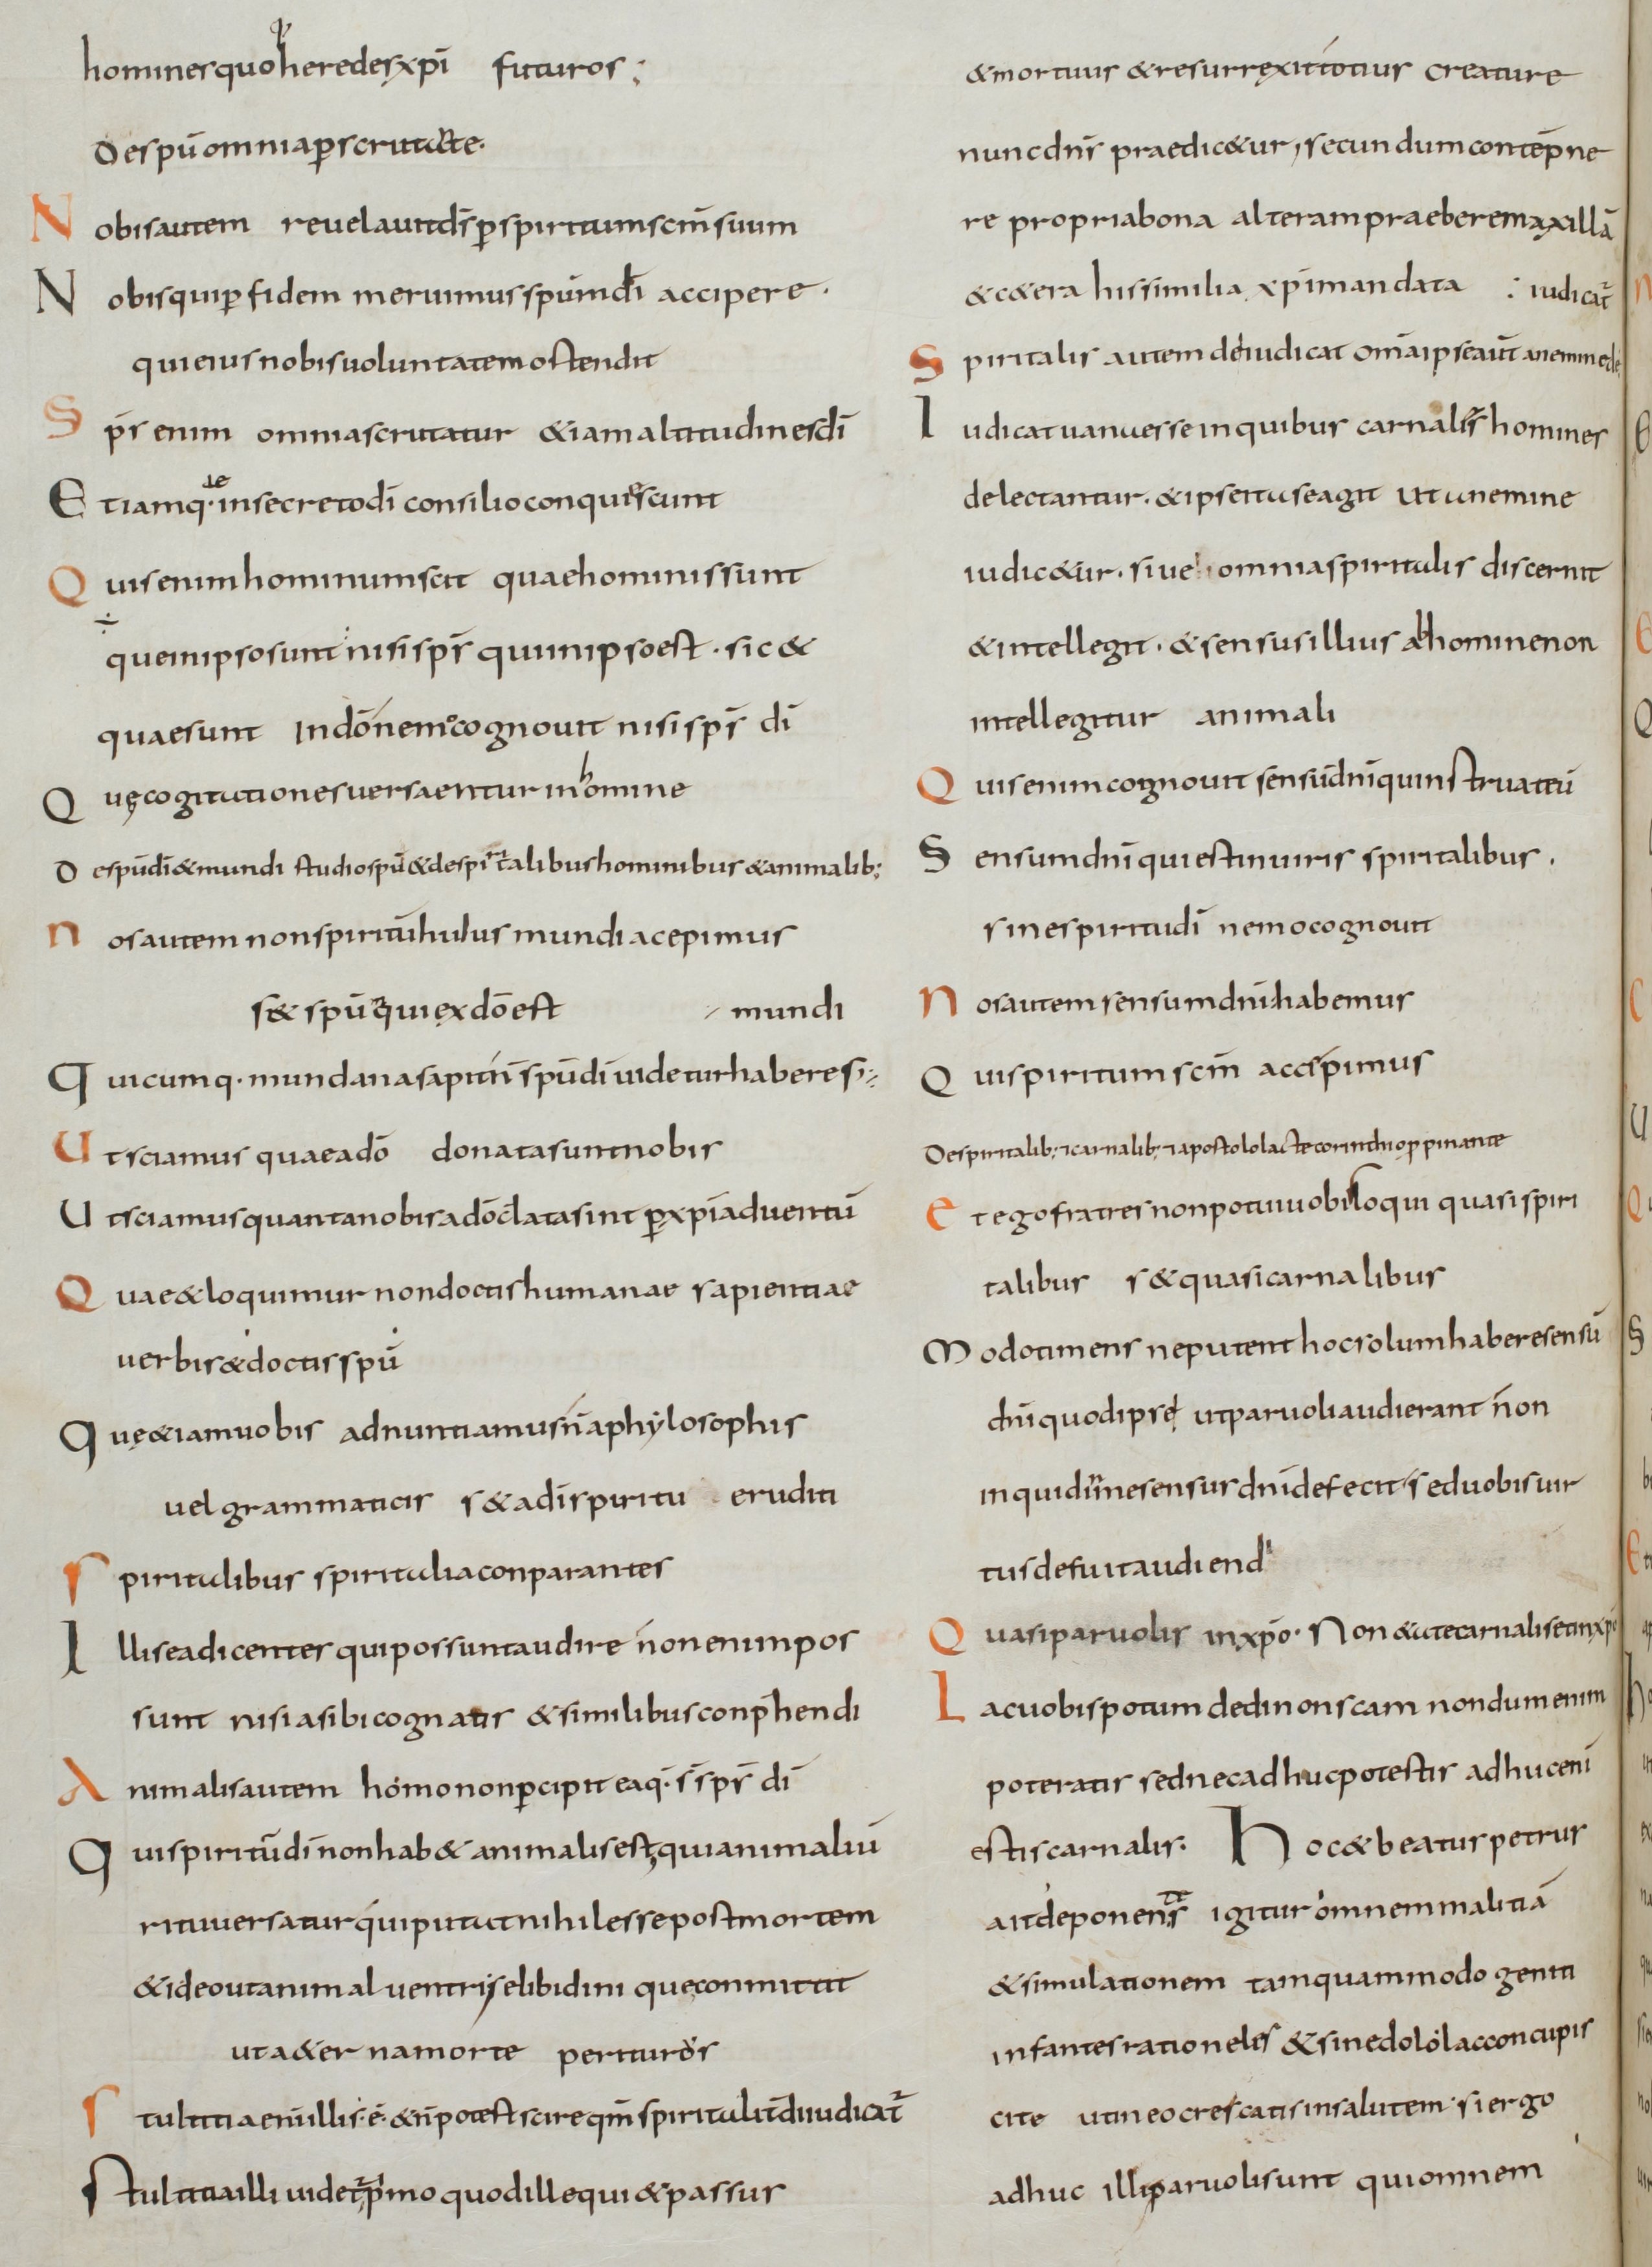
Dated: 800–830